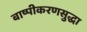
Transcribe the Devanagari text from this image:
बाष्पीकरणसुद्धा